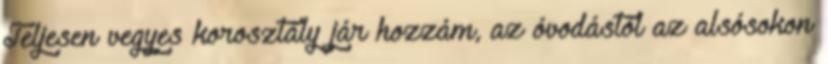
Teljesen vegyes korosztály jár hozzám, az óvodástól az alsósokon